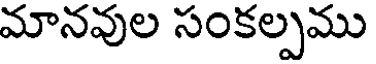
మానవుల సంకల్పము